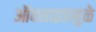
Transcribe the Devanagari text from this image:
ऑक्साइडमुळे